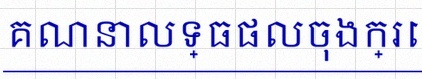
គណនាលទ្ធផលចុងក្រោយ